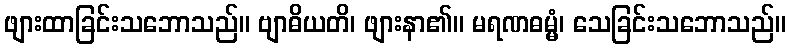
ဖျားထာခြင်းသဘောသည်။ ဗျာဓိယတိ၊ ဖျားနာ၏။ မရဏဓမ္မံ၊ သေခြင်းသဘောသည်။